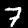
Label: 7